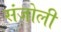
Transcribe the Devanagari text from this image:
संजोली